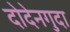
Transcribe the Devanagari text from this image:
दोदेनगुदा